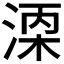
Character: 𬈇